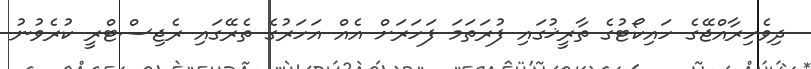
ދިވެހިރާއްޖޭގެ ހައިކޯޓުގެ ތާރީޚުގައި ފުރަތަމަ ފަހަރަށް އެއް އަހަރުގެ ތެރޭގައި ރެޖިސްޓްރީ ކުރެވުނު